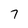
Character: 7